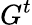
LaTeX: G^{t}